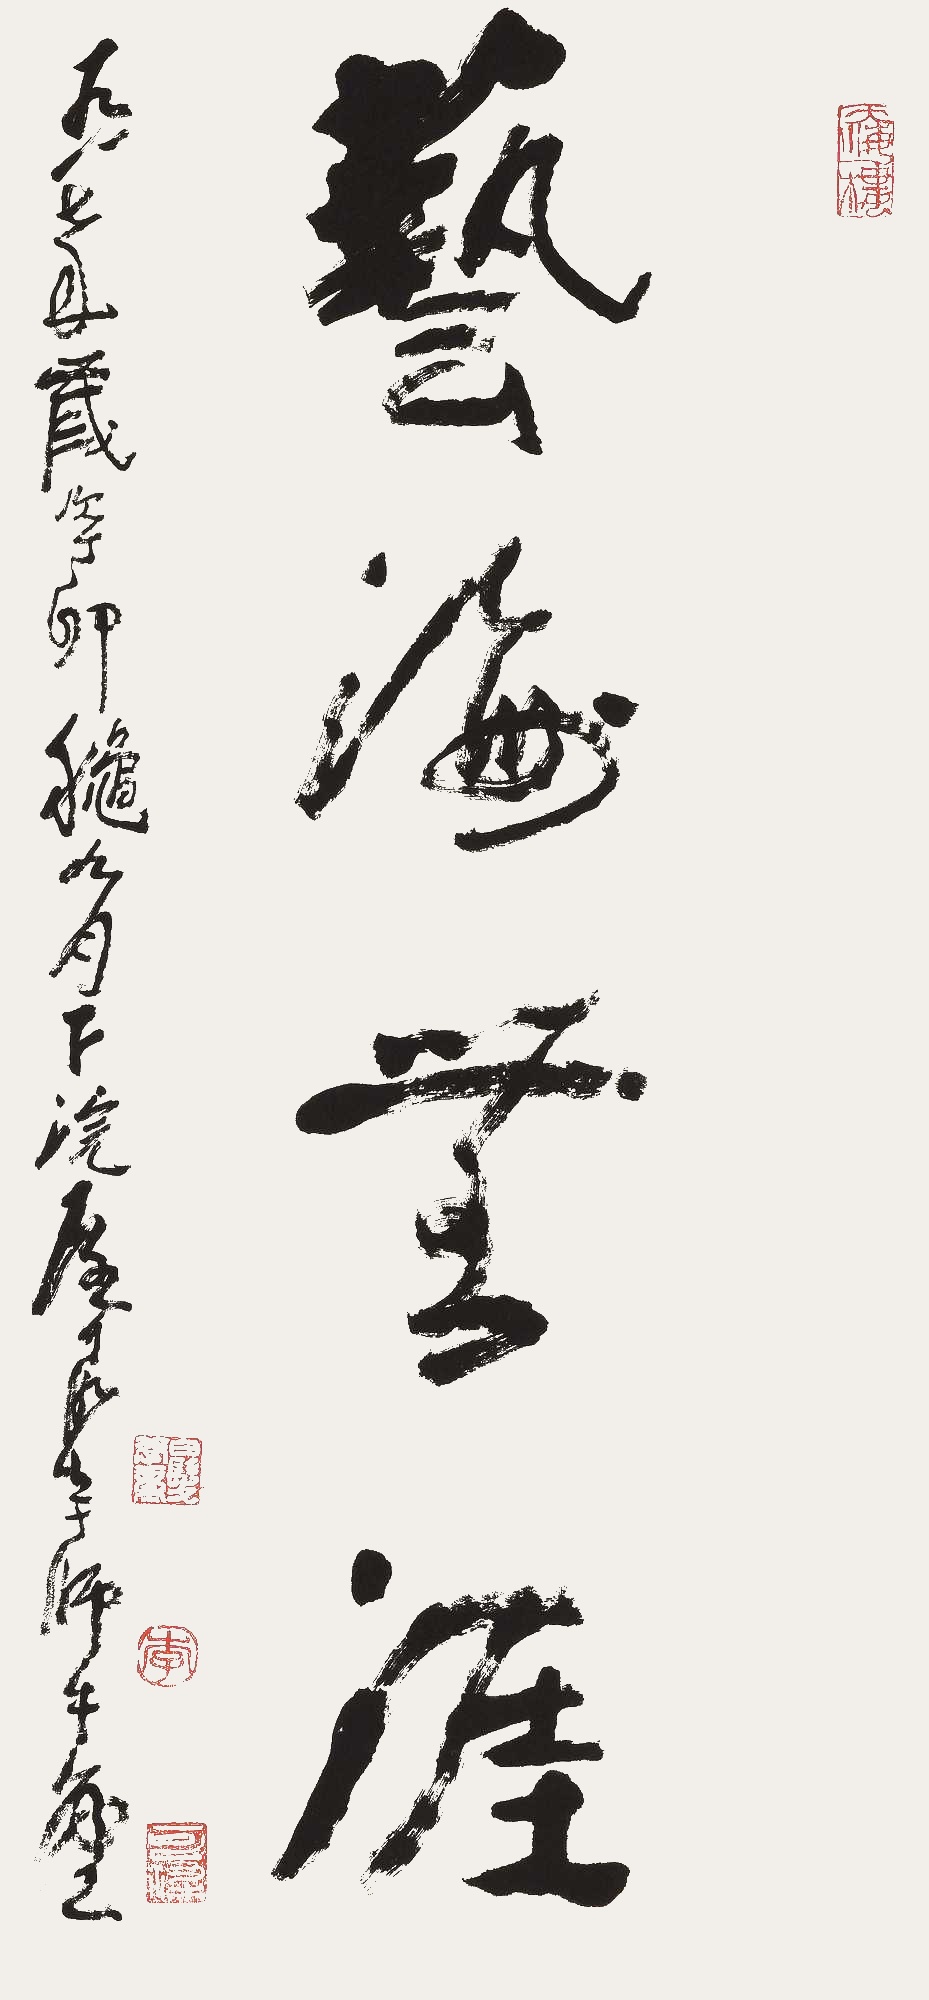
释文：艺海无涯一九八七年岁次丁卯秋九月下浣，可染于师牛堂。